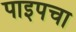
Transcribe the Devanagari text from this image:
पाइपचा